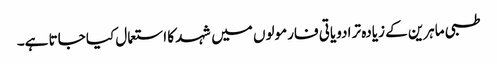
طبی ماہرین کے زیادہ تر ادویاتی فارمولوں میں شہد کا استعمال کیا جاتا ہے۔